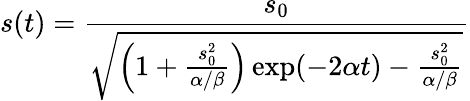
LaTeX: s(t)=\frac{s_{0}}{\sqrt{\left(1+\frac{s_{0}^{2}}{\alpha/\beta}\right)\exp(-2\alpha t)-\frac{s_{0}^{2}}{\alpha/\beta}}}